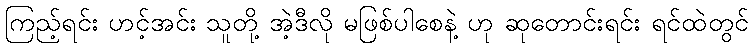
ကြည့်ရင်း ဟင့်အင်း သူတို့ အဲ့ဒီလို မဖြစ်ပါစေနဲ့ ဟု ဆုတောင်းရင်း ရင်ထဲတွင်